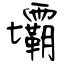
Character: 壩